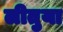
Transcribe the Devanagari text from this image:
लीतुया